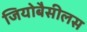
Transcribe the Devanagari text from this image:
जियोबैसीलस